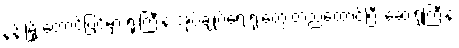
နန်းမြို့ တောင်ပြင်မှာ ရုံးကြီးနဲ့ အုပ်ချုပ်ရေးရုံးတွေ တည်ထောင်ပြီး ဆေးရုံကြီးနဲ့